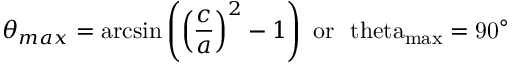
\theta _ { m a x } = \arcsin \left( \left( \frac { c } { a } \right) ^ { 2 } - 1 \right) \, \, \mathrm { { o r } \, \, \ t h e t a _ { m a x } = 9 0 ^ { \circ } }